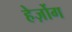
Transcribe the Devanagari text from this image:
हेर्ज़ोग